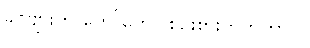
ခင်ဗျားက တော်တော် စဉ်းစားတတ်တာပဲ။